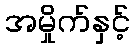
အမှိုက်နှင့်